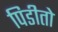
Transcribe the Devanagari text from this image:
पिडीतो